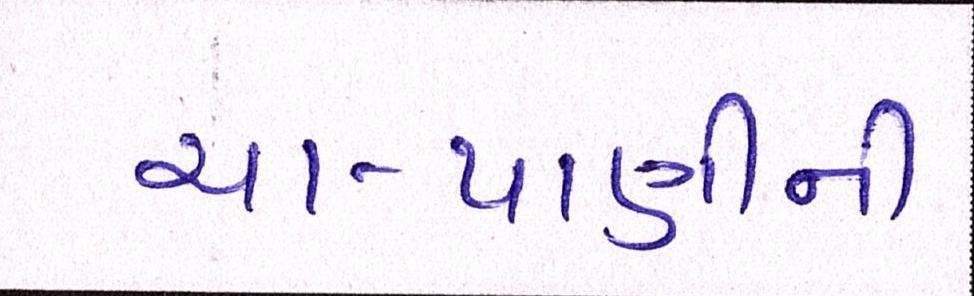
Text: ચા-પાણીની